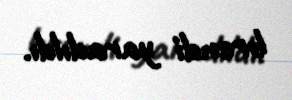
brendi yaradıldı.